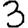
Digit: 3